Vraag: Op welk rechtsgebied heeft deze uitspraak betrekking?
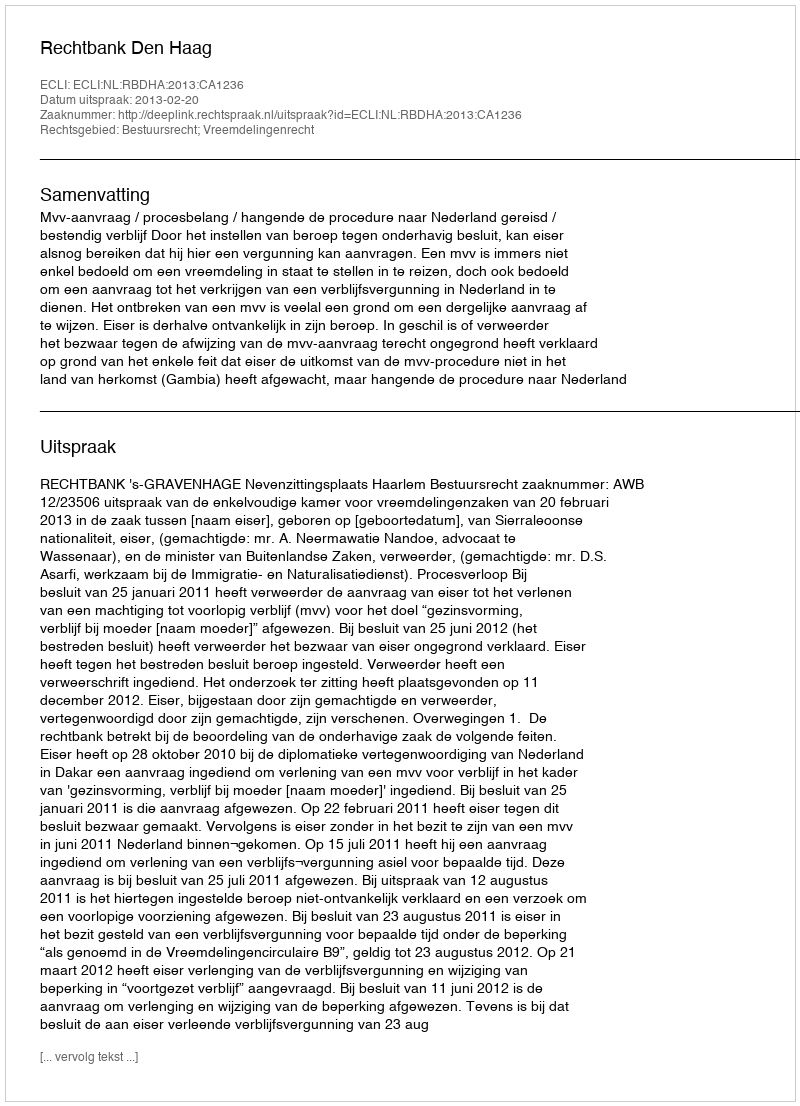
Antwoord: Bestuursrecht; Vreemdelingenrecht